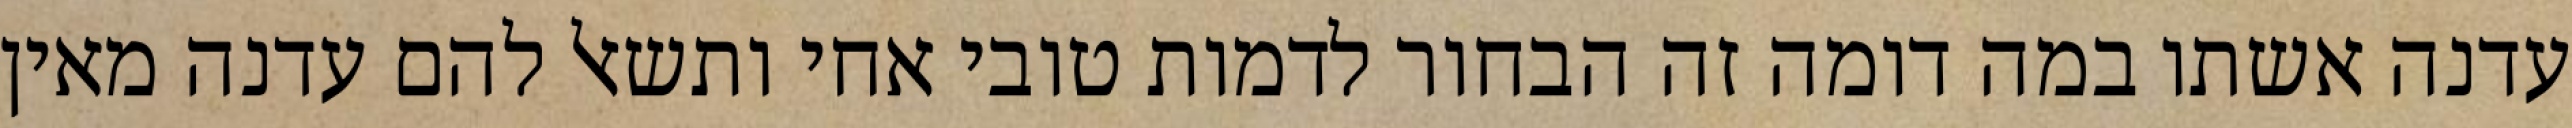
עדנה אשתו במה דומה זה הבחור לדמות טובי אחי ותשאל להם עדנה מאין